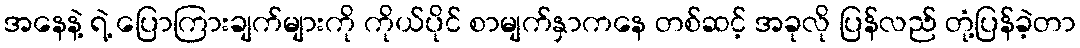
အနေနဲ့ ရဲ့ ပြောကြားချက်များကို ကိုယ်ပိုင် စာမျက်နှာကနေ တစ်ဆင့် အခုလို ပြန်လည် တုံ့ပြန်ခဲ့တာ